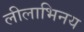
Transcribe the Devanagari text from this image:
लीलाभिनय